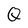
Character: Q